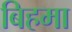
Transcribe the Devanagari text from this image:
बिहमा